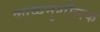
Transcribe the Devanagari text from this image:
काव्यनुशीलक